Note on the mental hospitals in Burma - 1925-1940
Year: 1925
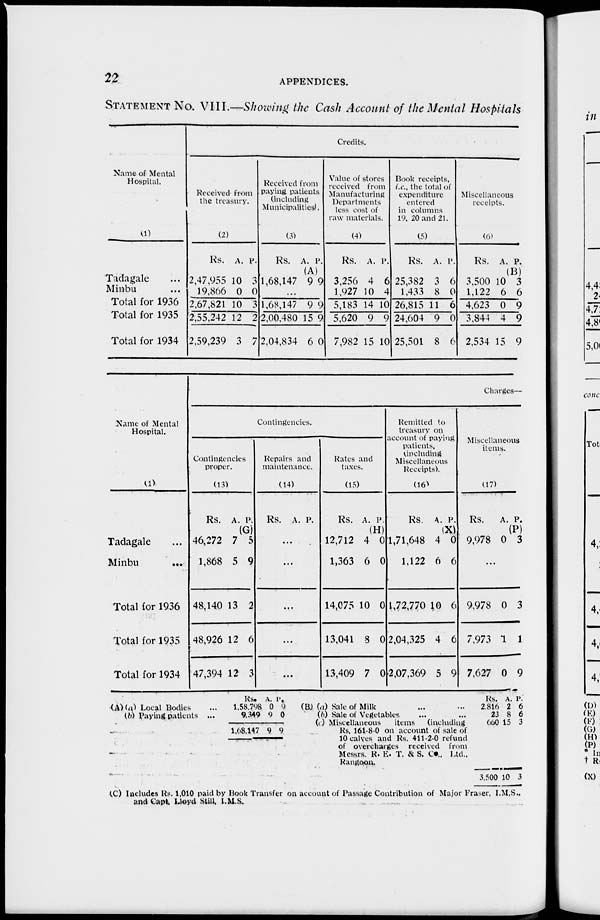
22
APPENDICES.
STATEMENT No. VIII.—Showing the Cash Account of the Mental Hospitals
Name of Mental
Hospital.
(1)
Tadagale ...
Minbu ...
Total for 1936
Total for 1935
Total for 1934
Credits.
Received from
the treasury.
(2)
Rs.
2,47,955
19,866
2,67,821
2,55,242
2,59,239
A.
10
0
10
12
3
P.
3
0
3
2
7
Received from
paying patients
(including
Municipalities!.
(3)
Rs.
1,68,147
A.
(A)
9
P.
9
...
1,68,147
2,00,480
2,04,834
9
15
6
9
9
0
Value of stores
received from
Manufacturing
Departments
less cost of
raw materials.
(4)
Rs.
3,256
1,927
5,183
5,620
7,982
A.
4
10
14
9
15
P.
6
4
10
9
10
Book receipts,
i.e., the total of
expenditure
entered
in columns
19, 20 and 21.
(5)
Rs.
25,382
1,433
26,815
24,604
25,501
A.
3
8
11
9
8
P.
6
0
6
0
6
Miscellaneous
receipts.
(6)
Rs.
3,500
1,122
4,623
3,844
2,534
A.
10
6
0
4
15
P.
(B)
3 6
9
9
9
Name of Mental
Hospital.
(1)
Tadagale ...
Minbu
...
Total for 1936
Total for 1935
Total for 1934
Charges—
Contingencies.
Contingencies
proper.
(13)
Rs.
46,272
1,868
48,140
48,926
47,394
A.
7
5
13
12
12
P.
(G)
5
9
2
6
3
Repairs and
maintenance.
(14)
Rs. A. P.
...
...
...
...
...
Rates and
taxes.
(15)
Rs.
12,712
1,363
14,075
13,041
13,409
A.
4
6
10
8
7
P.
(H)
0
0
0
0
0
Remitted to
treasury on
account of paying
patients.
(including
Miscellaneous
Receipts).
(16)
Rs.
1,71,648
1,122
1,72,770
2,04,325
2,07.369
A.
4
6
10
4
5
P.
0
6
6
6
9
Miscellaneous
items.
(17)
Rs.
9,978
A.
0
P.
(P)
3
...
9,978
7,973
7,627
0
1
0
3
1
9
(A)(a) Local Bodies
(b) Paying patients ...
Rs.
1,58,798
9,349
1,08,147
A.
0
9
9
P.
9
0
9
(B) (a) Sale of Milk
(b) Sale of Vegetables
(c) Miscellaneous
items
(including
Rs. 161-8-0 on account of sale of
10 calves and Rs. 411-2-0 refund
of overcharges received from
Messrs. R. E. T. & S. Co., Ltd.,
Rangoon.
Rs.
2,816
23
660
3,500
A.
2
8
15
10
P.
6
6
3
3
(C) Includes Rs. 1,010 paid by Book Transfer on account of Passage Contribution of Major Fraser. I.M.S.,
and Capt. Lioyd Still. I.M.S.